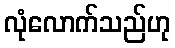
လုံလောက်သည်ဟု